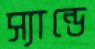
স্যান্ডে